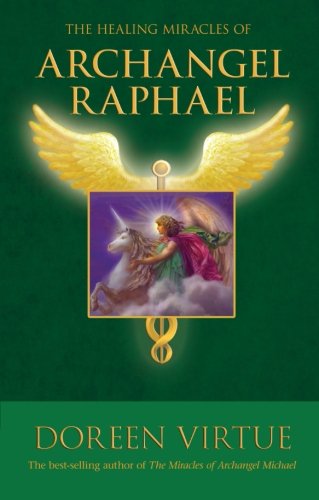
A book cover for The Healing Miracles of Archangel Raphael; Doreen Virtue; Religion & Spirituality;